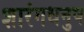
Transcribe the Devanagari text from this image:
शारंगधनुष